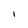
Character: l